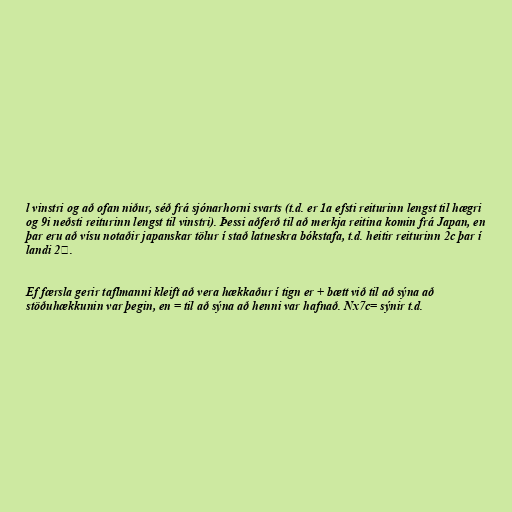
l vinstri og að ofan niður, séð frá sjónarhorni svarts (t.d. er 1a efsti reiturinn lengst til hægri
og 9i neðsti reiturinn lengst til vinstri). Þessi aðferð til að merkja reitina komin frá Japan, en
þar eru að vísu notaðir japanskar tölur í stað latneskra bókstafa, t.d. heitir reiturinn 2c þar í
landi 2三.

Ef færsla gerir taflmanni kleift að vera hækkaður í tign er + bætt við til að sýna að
stöðuhækkunin var þegin, en = til að sýna að henni var hafnað. Nx7c= sýnir t.d.